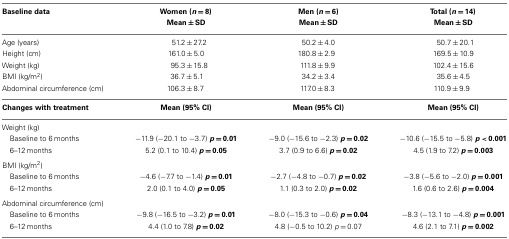
<table><thead><tr><td><b>Baseline data</b></td><td><b>Women (<i>n</i> = 8)</b></td><td><b>Men (<i>n</i> = 6)</b></td><td><b>Total (<i>n</i> = 14)</b></td></tr><tr><td></td><td><b>Mean ± SD</b></td><td><b>Mean ± SD</b></td><td><b>Mean ± SD</b></td></tr></thead><tbody><tr><td>Age (years)</td><td>51.2 ± 27.2</td><td>50.2 ± 4.0</td><td>50.7 ± 20.1</td></tr><tr><td>Height (cm)</td><td>161.0 ± 5.0</td><td>180.8 ± 2.9</td><td>169.5 ± 10.9</td></tr><tr><td>Weight (kg)</td><td>95.3 ± 15.8</td><td>111.8 ± 9.9</td><td>102.4 ± 15.6</td></tr><tr><td>BMI (kg/m<sup>2</sup>)</td><td>36.7 ± 5.1</td><td>34.2 ± 3.4</td><td>35.6 ± 4.5</td></tr><tr><td>Abdominal circumference (cm)</td><td>106.3 ± 8.7 </td><td>117.0 ± 8.3</td><td>110.9 ± 9.9 </td></tr><tr><td><b>Changes with treatment</b></td><td><b>Mean (95% CI)</b></td><td><b>Mean (95% CI)</b></td><td><b>Mean (95% CI)</b></td></tr><tr><td>Weight (kg)</td></tr><tr><td> Baseline to 6 months</td><td>−11.9 (−20.1 to −3.7) <b><i>p</i></b><b> = 0.01</b></td><td>−9.0 (−15.6 to −2.3) <b><i>p</i></b><b> = 0.02</b></td><td>−10.6 (−15.5 to −5.8) <b><i>p</i></b><b> &lt; 0.001</b></td></tr><tr><td> 6–12 months</td><td>5.2 (0.1 to 10.4) <b><i>p</i></b><b> = 0.05</b></td><td>3.7 (0.9 to 6.6) <b><i>p</i></b><b> = 0.02</b></td><td>4.5 (1.9 to 7.2) <b><i>p</i></b><b> = 0.003</b></td></tr><tr><td>BMI (kg/m<sup>2</sup>)</td></tr><tr><td> Baseline to 6 months</td><td>−4.6 (−7.7 to −1.4) <b><i>p</i></b><b> = 0.01</b></td><td>−2.7 (−4.8 to −0.7) <b><i>p</i></b><b> = 0.02</b></td><td>−3.8 (−5.6 to −2.0) <b><i>p</i></b><b> = 0.001</b></td></tr><tr><td> 6–12 months</td><td>2.0 (0.1 to 4.0) <b><i>p</i></b><b> = 0.05</b></td><td>1.1 (0.3 to 2.0) <b><i>p</i></b><b> = 0.02</b></td><td>1.6 (0.6 to 2.6) <b><i>p</i></b><b> = 0.004</b></td></tr><tr><td>Abdominal circumference (cm)</td></tr><tr><td> Baseline to 6 months</td><td>−9.8 (−16.5 to −3.2) <b><i>p</i></b><b> = 0.01</b></td><td>−8.0 (−15.3 to −0.6) <b><i>p</i></b><b> = 0.04</b></td><td>−8.3 (−13.1 to −4.8) <b><i>p</i></b><b> = 0.001</b></td></tr><tr><td> 6–12 months</td><td>4.4 (1.0 to 7.8) <b><i>p</i></b><b> = 0.02</b></td><td>4.8 (−0.5 to 10.2) <i>p</i> = 0.07</td><td>4.6 (2.1 to 7.1) <b><i>p</i></b><b> = 0.002</b></td></tr></tbody></table>